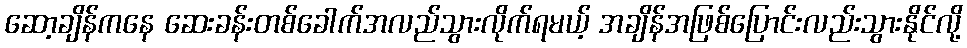
ဆော့ချိန်ကနေ ဆေးခန်းတစ်ခေါက်အလည်သွားလိုက်ရမယ့် အချိန်အဖြစ်ပြောင်းလည်းသွားနိုင်လို့